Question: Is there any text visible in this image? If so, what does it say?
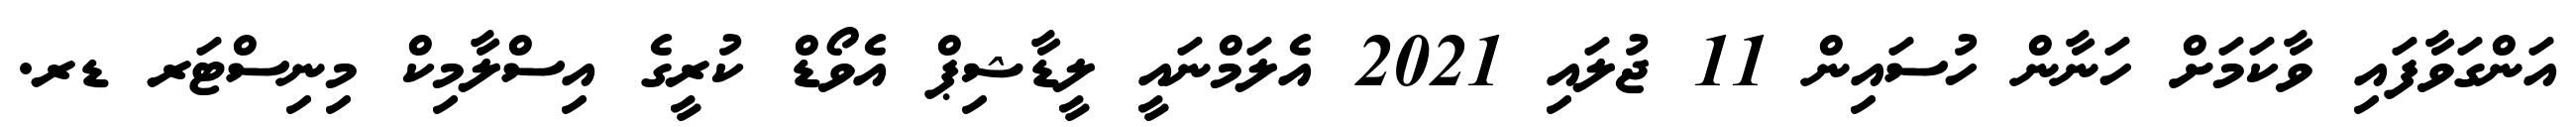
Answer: އަންގަވާފައި ވާކަމަށް ހަނާން ހުސައިން 11 ޖުލައި 2021 އެލަމްނައީ ލީޑާޝިޕް އެވޯޑް ކުރީގެ އިސްލާމިކް މިނިސްޓަރ ޑރ.